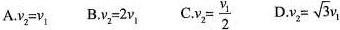
A.$$v_{2} = v_{1}$$ B.$$v_{2} =2v_{1}$$ C.$$v_{2} = \frac{v_{1}}{2}$$ D.$$v_{2} = \sqrt{3}v_{1}$$